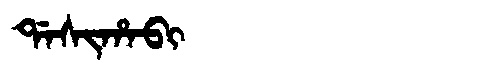
Manchu: ᡩᠠᠰᡳᡥᠠᠪᡳ
Romanization: DASIHABI